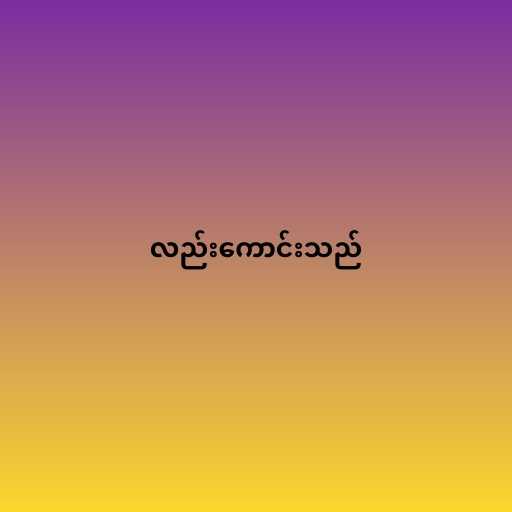
လည်းကောင်းသည်